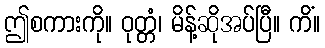
ဤစကားကို။ ဝုတ္တံ၊ မိန့်ဆိုအပ်ပြီ။ ကိံ။